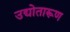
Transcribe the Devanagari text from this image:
उद्योतारूण